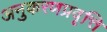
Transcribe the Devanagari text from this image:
अनुकरणप्रवृत्ति